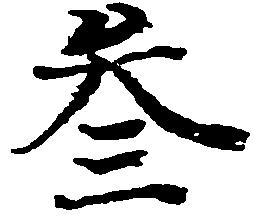
参